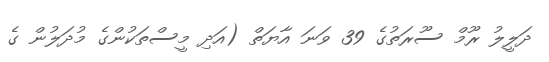
ދަލީލު ރޫމް ސޫރަތުގެ 39 ވަނަ އާޔަތް (އަދި މީސްތަކުންގެ މުދަލުން ގެ